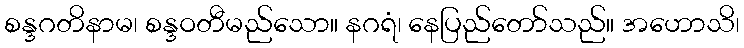
စန္ဒဂတိနာမ၊ စန္ဒဝတီမည်သော။ နဂရံ၊ နေပြည်တော်သည်။ အဟောသိ၊